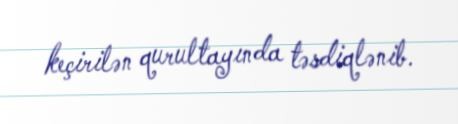
keçirilən qurultayında təsdiqlənib.